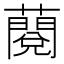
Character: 𧀲